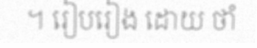
។ រៀបរៀង ដោយ ថាំ